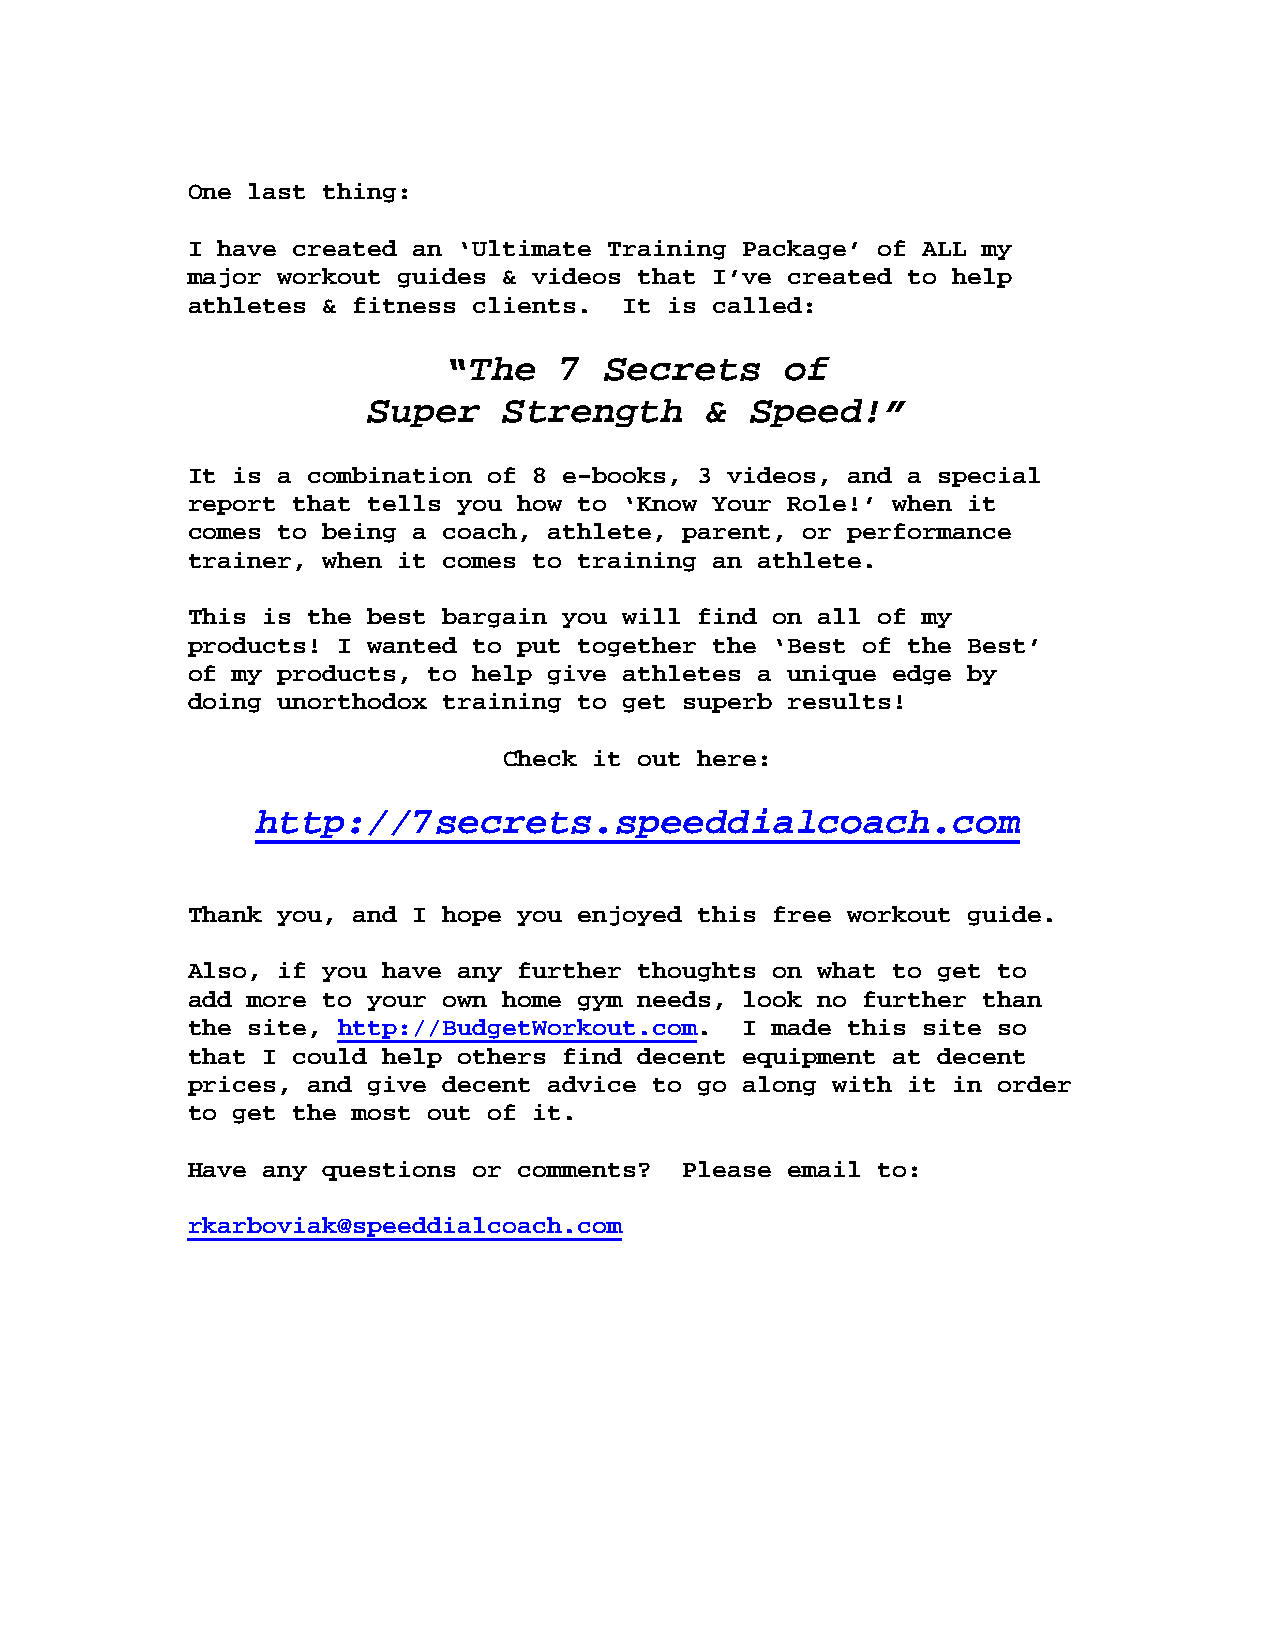
One last thing:
 I have created an ‘Ultimate Training Package’ of ALL my
 major workout guides & videos that I’ve created to help
 athletes & fitness clients.  It is called:
 “The   7  Secrets     of
 Super    Strength      &  Speed!”
 It is a combination of 8 e-books, 3 videos, and a special
 report that tells you how to ‘Know Your Role!’ when it
 comes to being a coach, athlete, parent, or performance
 trainer, when it comes to training an athlete.
 This is the best bargain you will find on all of my
 products! I wanted to put together the ‘Best of the Best’
 of my products, to help give athletes a unique edge by
 doing unorthodox training to get superb results!
 Check it out here:
 http://7secrets.speeddialcoach.com
 Thank you, and I hope you enjoyed this free workout guide.
 Also, if you have any further thoughts on what to get to
 add more to your own home gym needs, look no further than
 the site, http://BudgetWorkout.com.  I made this site so
 that I could help others find decent equipment at decent
 prices, and give decent advice to go along with it in order
 to get the most out of it.
 Have any questions or comments?  Please email to:
 rkarboviak@speeddialcoach.com